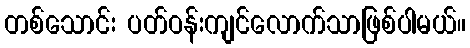
တစ်သောင်း ပတ်ဝန်းကျင်လောက်သာဖြစ်ပါမယ်။